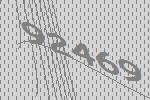
92469